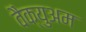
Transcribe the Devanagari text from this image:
वैक्युअम